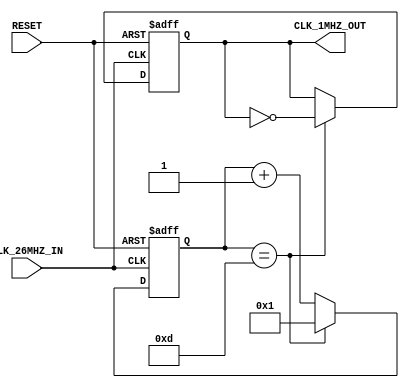
///////////////////////////////////////////////////////////////////////////////////////////////////
// Company: <ELSA>
//
//
// Description: Turns 1MHZ clock into 1kHZ clock
//
// Targeted device: <Family::ProASIC3L> <Die::A3PE3000L> <Package::484 FBGA>
//
/////////////////////////////////////////////////////////////////////////////////////////////////// 

module clock_div_26MHZ_1MHZ(CLK_26MHZ_IN,RESET,CLK_1MHZ_OUT);
input CLK_26MHZ_IN;
input RESET;
output CLK_1MHZ_OUT;
wire CLK_1MHZ_OUT;

reg [16:0] counter;
reg clk_out;
parameter factor=26;
assign CLK_1MHZ_OUT = clk_out;
always @(posedge CLK_26MHZ_IN or negedge RESET)
begin
    if (RESET==1'b0) begin
        clk_out<=1;
        counter<=1;
    end else if (counter == 13) begin
        clk_out <= !clk_out;
        counter <=1;
    end else begin
        counter <= counter+1;
    end
    
end



endmodule